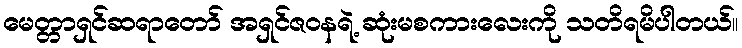
မေတ္တာရှင်ဆရာတော် အရှင်ဇဝနရဲ့ ဆုံးမစကားလေးကို သတိရမိပါတယ်။